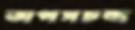
তাপসচন্দ্র